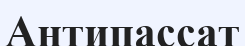
Антипассат